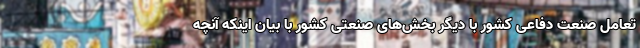
تعامل صنعت دفاعی کشور با دیگر بخش‌های صنعتی کشور با بیان اینکه آنچه